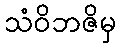
သံဝိဘဇိမှ